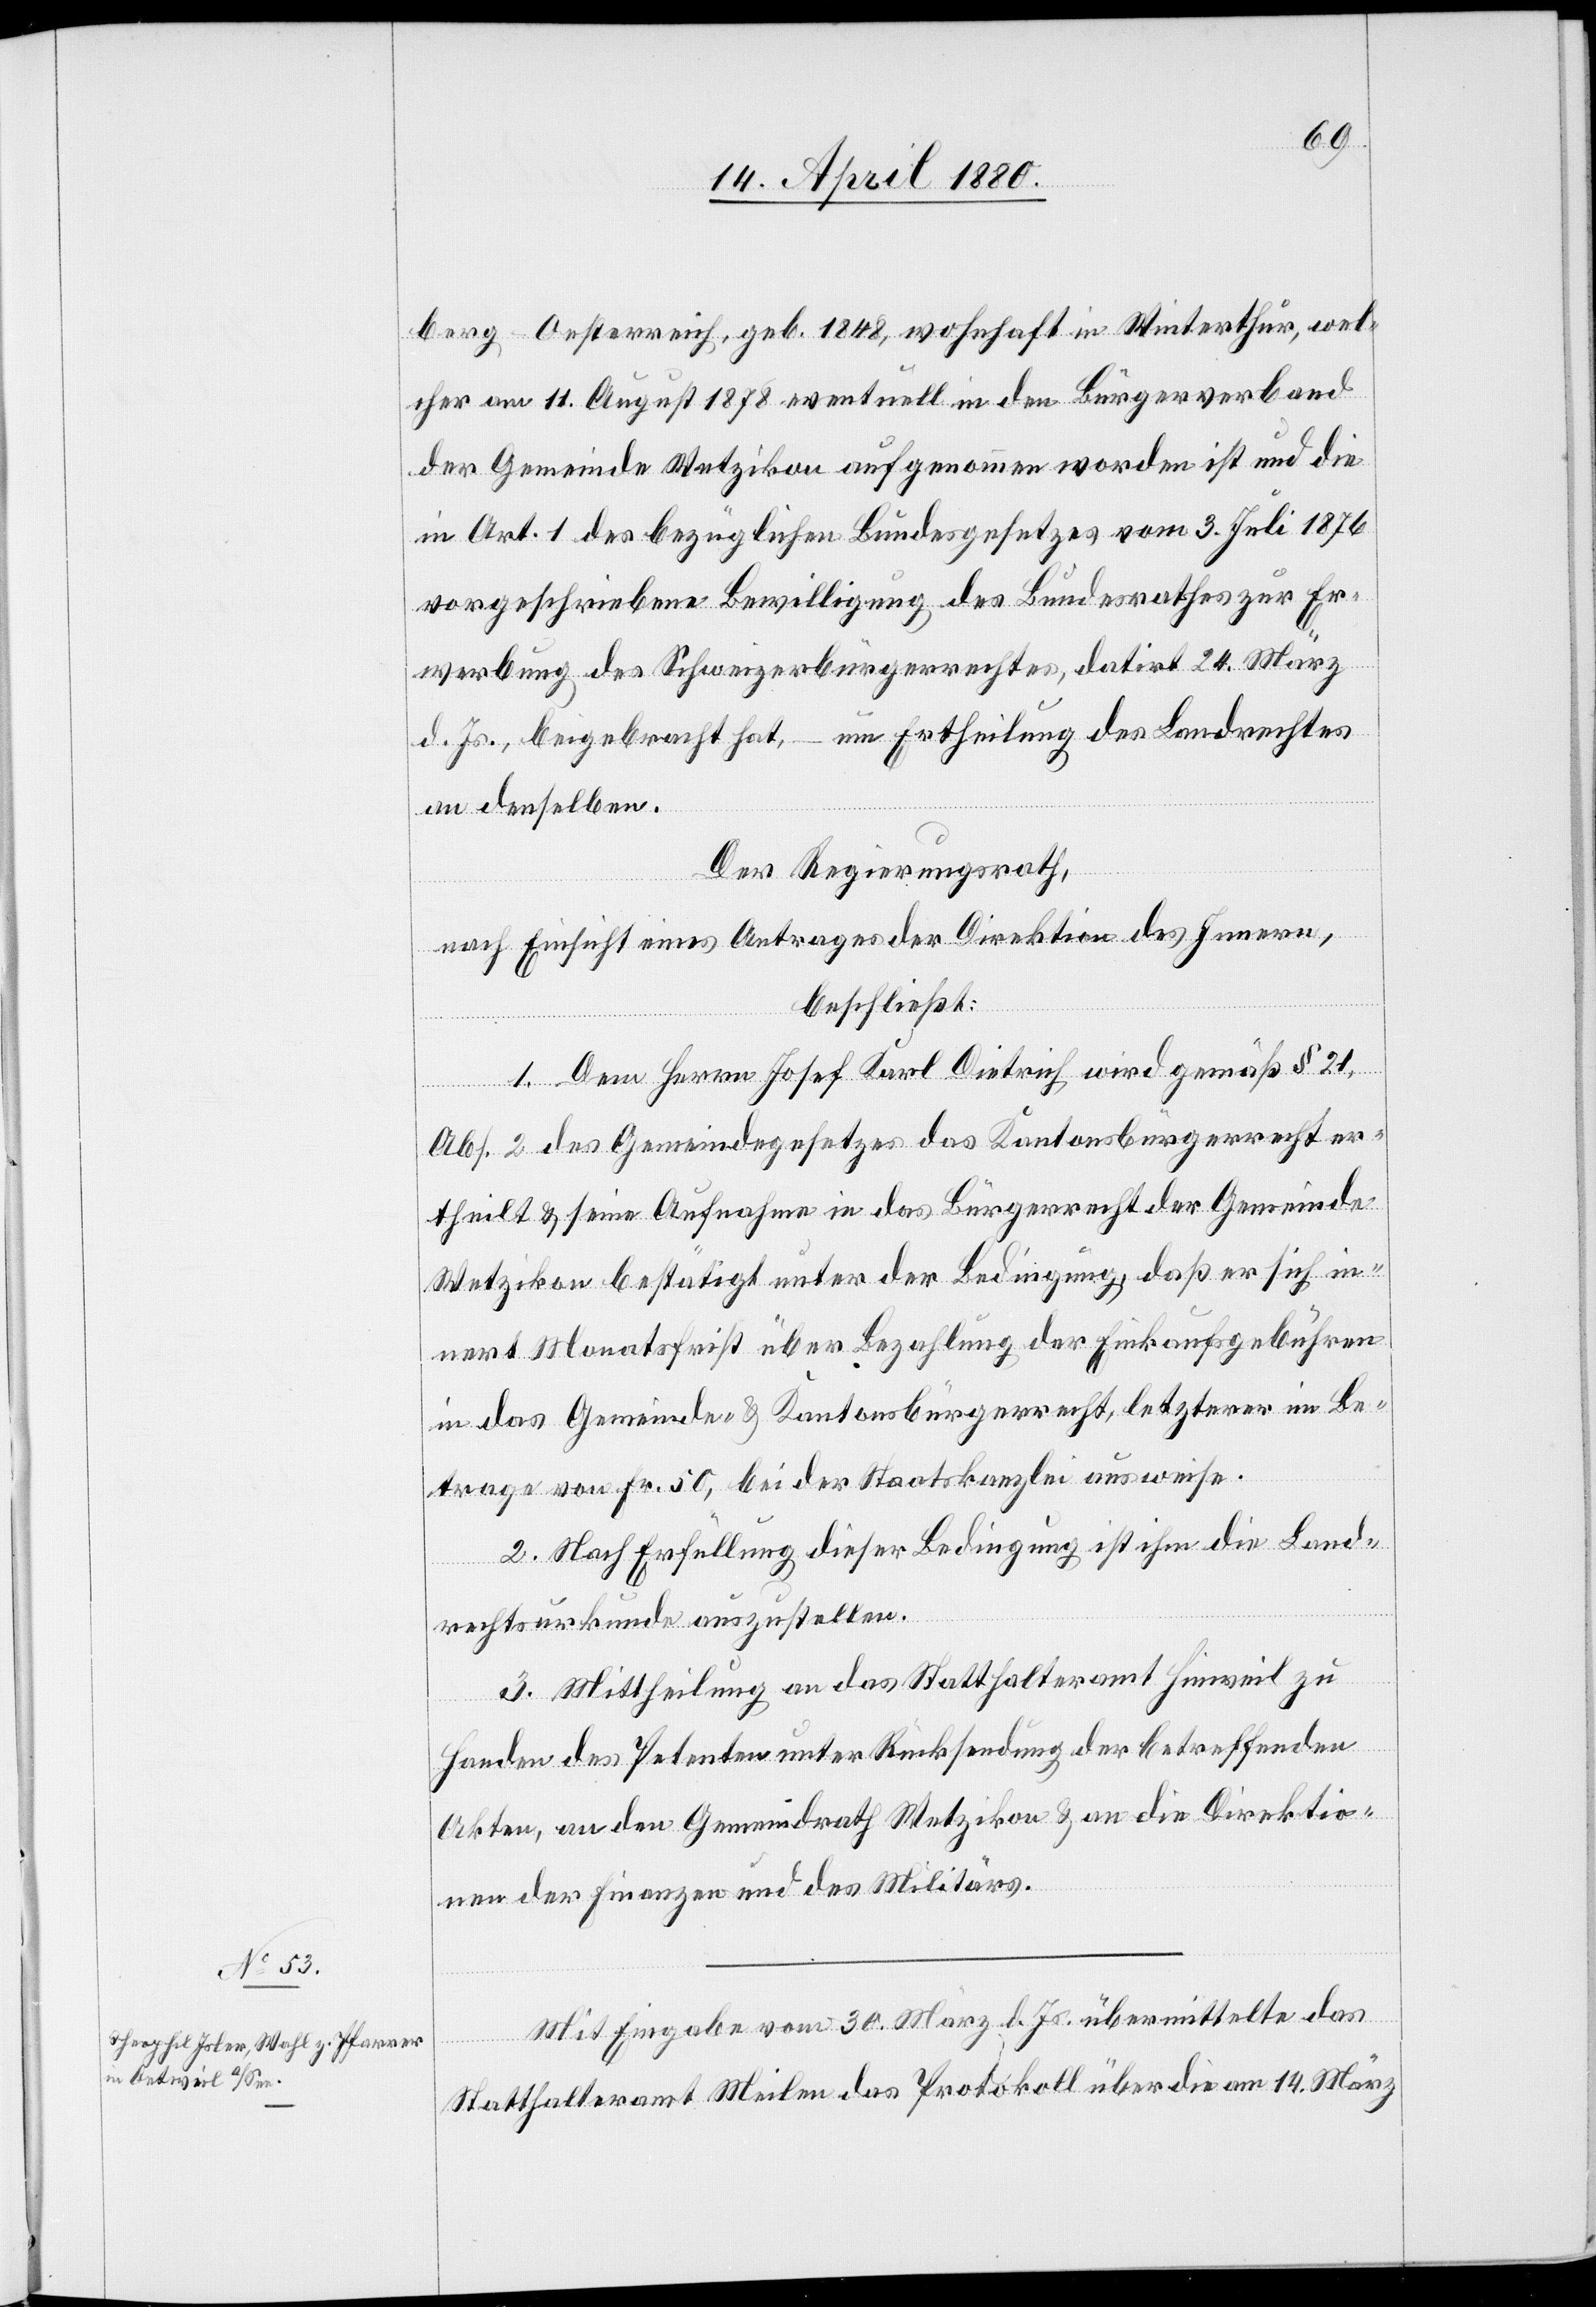
berg - Oesterriech, geb. 1848, wohnhaft in Winterthur, wel¬
cher am 11. August 1878 eventuell in den Bürgerverband
der Gemeinde Wetzikon aufgenommen worden ist und die
in Art. 1 des bezüglichen Bundesgesetzes vom 3. Juli 1876
vorgeschriebene Bewilligung des Bundesrathes zur Er¬
werbung des Schweizerbürgerrechtes, datirt 24. März
d. Js., beigebracht hat, – um Ertheilung des Landrechtes
an denselben.
Der Regierungsrath,
nach Einsicht eines Antrages der Direktion des Innern,
beschließt:
1. Dem Herrn Josef Karl Dietrich wird gemäß § 21,
Abs. 2 des Gemeindegesetzes das Kantonsbürgerrecht er¬
theilt & seine Aufnahme in das Bürgerrecht der Gemeinde
Wetzikon bestätigt unter der Bedingung, daß er sich in¬
nert Monatsfrist über Bezahlung der Einkaufsgebühren
in das Gemeinde- & Kantonsbürgerrecht, letzterer im Be¬
trag von Fr. 50, bei der Staatskanzlei ausweise.
2. Nach Erfüllung dieser Bedingung ist ihm die Land¬
rechtsurkunde auszustellen.
3. Mittheilung an das Statthalteramt Hinweil zu
Handen des Petenten unter Rücksendung der betreffenden
Akten, an den Gemeindrath Wetzikon & an die Direktio¬
nen der Finanzen & des Militärs.
Mit Eingabe vom 30. März d. Js. übermittelte das
Statthalteramt Meilen das Protokoll über die am 14. März